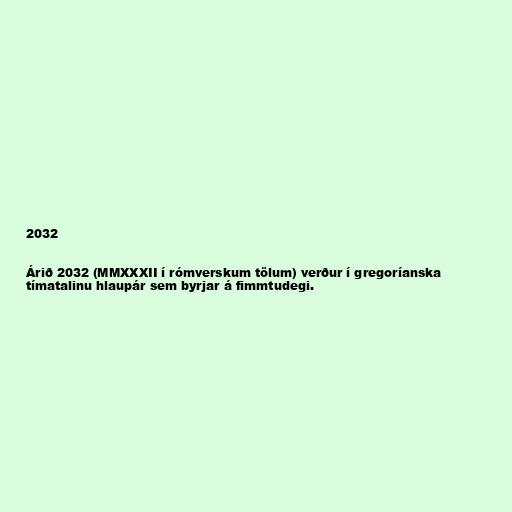
2032

Árið 2032 (MMXXXII í rómverskum tölum) verður í gregoríanska
tímatalinu hlaupár sem byrjar á fimmtudegi.